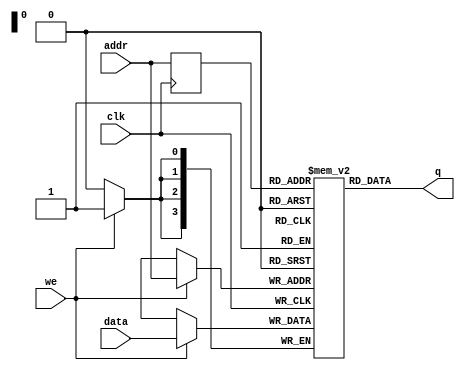
//------------------------------------------------------------------
// Arquivo   : sync_ram_16x4_file.v
// Projeto   : Experiencia 7 - Projeto do Jogo do Desafio da Memria
 
//------------------------------------------------------------------
// Descricao : RAM sincrona 16x4
//
//   - conteudo inicial armazenado em arquivo .txt
//   - descricao baseada em template 'single_port_ram_with_init.v' 
//     do Intel Quartus Prime
//             
//------------------------------------------------------------------
// Revisoes  :
//     Data        Versao  Autor             Descricao
//     02/02/2024  1.0     Edson Midorikawa  versao inicial
//------------------------------------------------------------------
//

module sync_ram_16x4_file #(
    parameter BINFILE = "ram_init.txt"
)
(
    input        clk,
    input        we,
    input  [3:0] data,
    input  [3:0] addr,
    output [3:0] q
);

    // Variavel RAM (armazena dados)
    reg [3:0] ram[15:0];

    // Registra endereco de acesso
    reg [3:0] addr_reg;

    // Especifica conteudo inicial da RAM
    // a partir da leitura de arquivo usando $readmemb
    initial 
    begin : INICIA_RAM
        // leitura do conteudo a partir de um arquivo
        ram[0] = 4'b0001;
        // $readmemb(BINFILE, ram);
    end 

    always @ (posedge clk)
    begin
        if (we)
            ram[addr] <= data;

        addr_reg <= addr;
    end

    // Atribuicao continua retorna dado
    assign q = ram[addr_reg];

endmodule